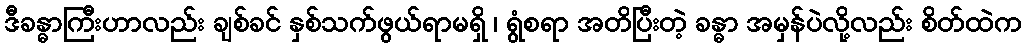
ဒီခန္ဓာကြီးဟာလည်း ချစ်ခင် နှစ်သက်ဖွယ်ရာမရှိ ၊ ရွံစရာ အတိပြီးတဲ့ ခန္ဓာ အမှန်ပဲလို့လည်း စိတ်ထဲက